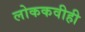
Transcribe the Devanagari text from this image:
लोककवीही